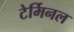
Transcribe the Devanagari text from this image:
टेर्मिनल